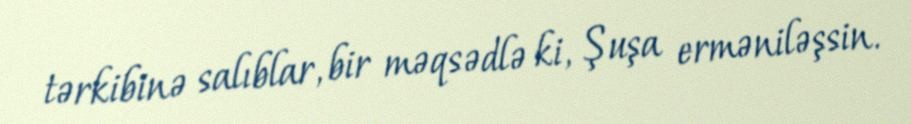
tərkibinə salıblar, bir məqsədlə ki, Şuşa erməniləşsin.